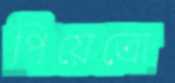
পিয়েত্রো